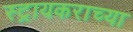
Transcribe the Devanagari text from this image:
स्ट्रायकराच्या